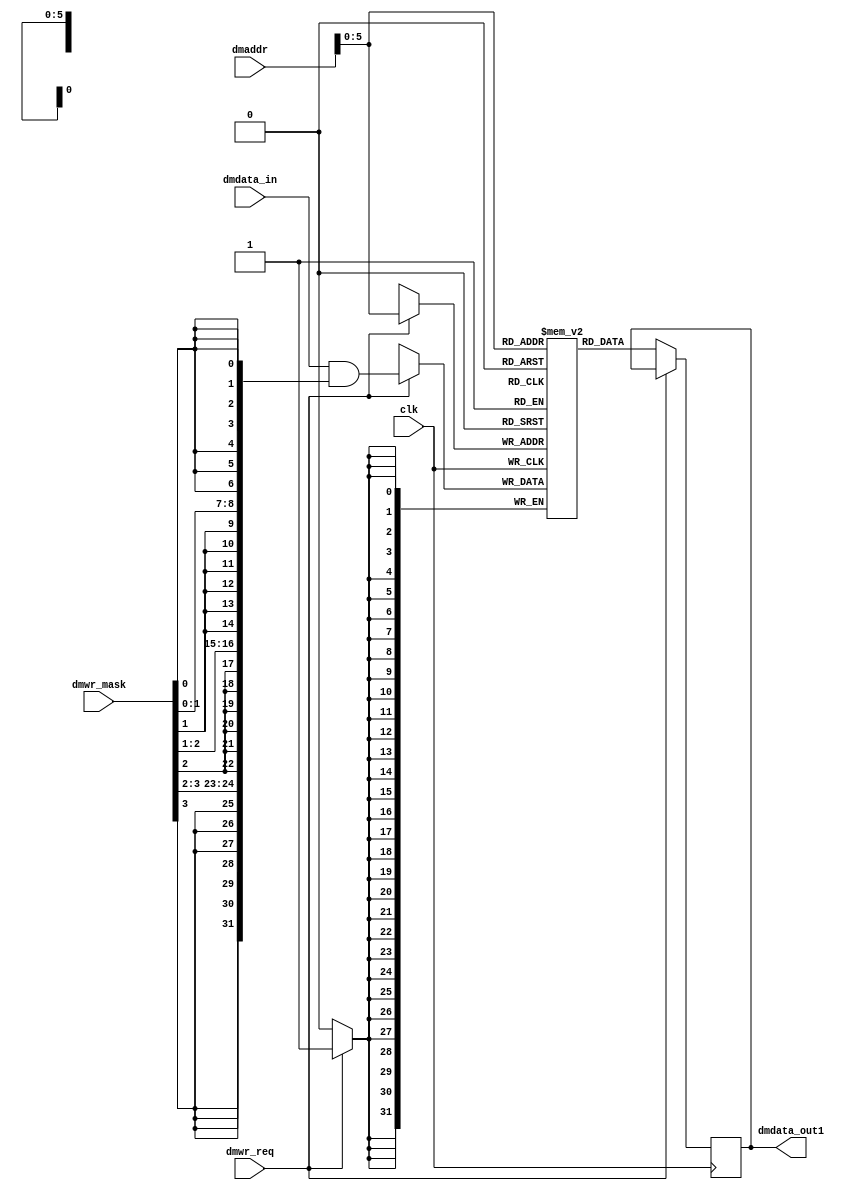
module dcache (
    input clk,
    input dmwr_req,
    input [3:0] dmwr_mask,
    input [31:0] dmdata_in,
  output reg [31:0] dmdata_out1,
    input [31:0] dmaddr
);
    // Memory definition
    reg [31:0] dcache [0:63];
    
  always @ (posedge clk)
    begin
        if (dmwr_req)
        begin
            dcache[dmaddr[5:0]] <= dmdata_in & {{8{dmwr_mask[3]}}, {8{dmwr_mask[2]}}, {8{dmwr_mask[1]}}, {8{dmwr_mask[0]}}}; 
        end
        else
            dmdata_out1 <= dcache[dmaddr[5:0]];
    end
    
endmodule